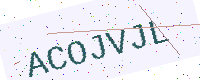
Text: ACOJVJL